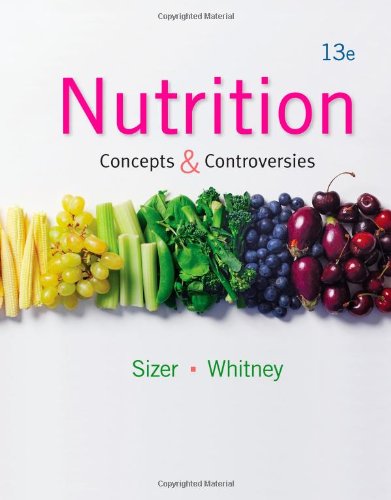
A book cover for Nutrition: Concepts and Controversies, 13th Edition; Frances Sienkiewicz Sizer; Medical Books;